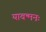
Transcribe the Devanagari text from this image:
यावन्मनः